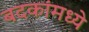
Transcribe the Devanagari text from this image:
बदकांमध्ये